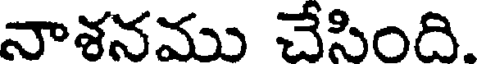
నాశనము చేసింది.